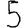
Digit: 5